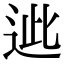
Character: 𨒤